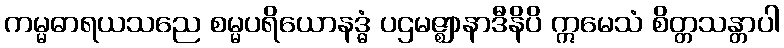
ကမ္မဓာရယသညေ စမ္မပရိယောနဒ္ဓံ ပဌမဇ္ဈာနာဒီနိပိ ဣမေသံ စိတ္တသန္တာပါ